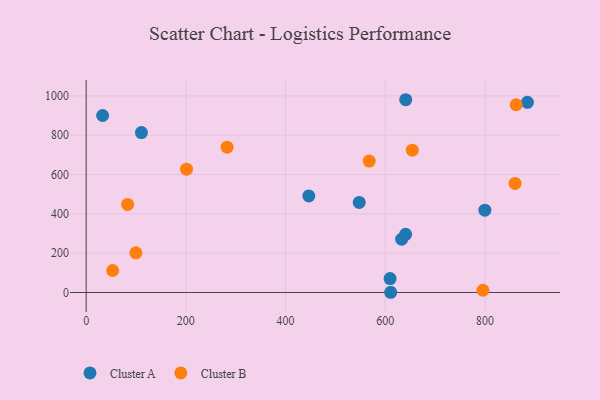
{"axis": {"x": "Study Hours", "y": "Fuel Efficiency"}, "legend": ["Cluster A", "Cluster B"], "data": [{"x": "610.9", "y": 1.0, "type": "Cluster A"}, {"x": "799.8", "y": 418.7, "type": "Cluster A"}, {"x": "885.1", "y": 967.3, "type": "Cluster A"}, {"x": "33.0", "y": 900.5, "type": "Cluster A"}, {"x": "632.9", "y": 271.0, "type": "Cluster A"}, {"x": "640.8", "y": 295.9, "type": "Cluster A"}, {"x": "609.7", "y": 70.9, "type": "Cluster A"}, {"x": "446.7", "y": 491.2, "type": "Cluster A"}, {"x": "110.8", "y": 813.4, "type": "Cluster A"}, {"x": "547.8", "y": 458.1, "type": "Cluster A"}, {"x": "641.0", "y": 980.7, "type": "Cluster A"}, {"x": "282.7", "y": 739.3, "type": "Cluster B"}, {"x": "53.2", "y": 111.9, "type": "Cluster B"}, {"x": "201.3", "y": 627.1, "type": "Cluster B"}, {"x": "860.4", "y": 555.0, "type": "Cluster B"}, {"x": "83.1", "y": 448.1, "type": "Cluster B"}, {"x": "567.8", "y": 668.6, "type": "Cluster B"}, {"x": "795.9", "y": 11.3, "type": "Cluster B"}, {"x": "99.7", "y": 201.5, "type": "Cluster B"}, {"x": "862.6", "y": 955.2, "type": "Cluster B"}, {"x": "654.2", "y": 723.8, "type": "Cluster B"}]}